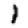
Digit: 1